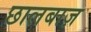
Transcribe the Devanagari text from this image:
छालबाज़